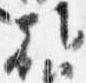
朝